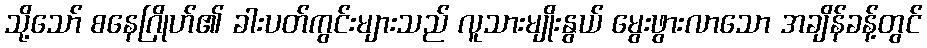
သို့သော် စနေဂြိုဟ်၏ ခါးပတ်ကွင်းများသည် လူသားမျိုးနွယ် မွေးဖွားလာသော အချိန်ခန့်တွင်